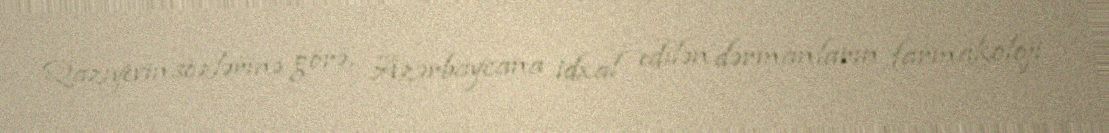
Qazıyevin sözlərinə görə, Azərbaycana idxal edilən dərmanların farmakoloji